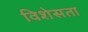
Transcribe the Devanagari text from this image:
विशेसता